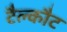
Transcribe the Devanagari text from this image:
टैल्कौट